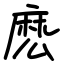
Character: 麽